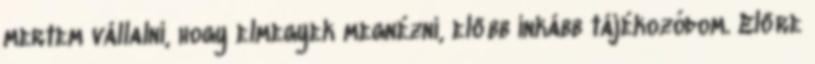
mertem vállalni, hogy elmegyek megnézni, előbb inkább tájékozódom. Előre